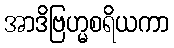
အာဒိဗြဟ္မစရိယကာ